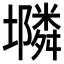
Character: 𱘔